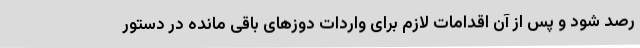
رصد شود و پس از آن اقدامات لازم برای واردات دوزهای باقی مانده در دستور